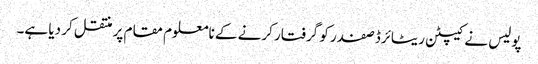
پولیس نے کیپٹن ریٹائرڈ صفدر کو گرفتار کرنے کے نامعلوم مقام پر منتقل کر دیا ہے۔